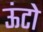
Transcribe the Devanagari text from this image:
ऊंटो